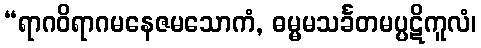
“ရာဂဝိရာဂမနေဇမသောကံ, ဓမ္မမသင်္ခတမပ္ပဋိကူလံ၊